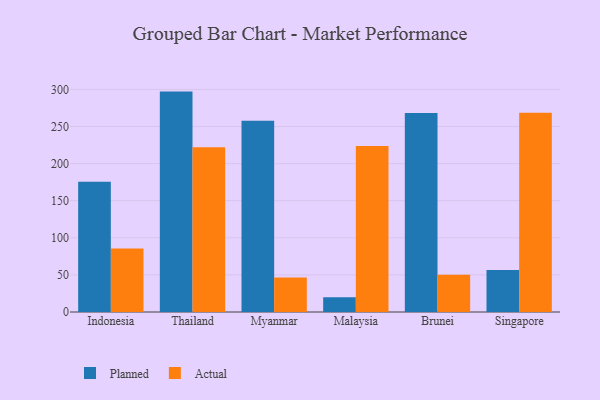
{"axis": {"x": "Country", "y": "Tickets Resolved"}, "legend": ["Actual", "Planned"], "data": [{"x": "Indonesia", "y": 175.6, "type": "Planned"}, {"x": "Indonesia", "y": 85.6, "type": "Actual"}, {"x": "Thailand", "y": 297.1, "type": "Planned"}, {"x": "Thailand", "y": 222.1, "type": "Actual"}, {"x": "Myanmar", "y": 257.9, "type": "Planned"}, {"x": "Myanmar", "y": 46.6, "type": "Actual"}, {"x": "Malaysia", "y": 19.9, "type": "Planned"}, {"x": "Malaysia", "y": 223.8, "type": "Actual"}, {"x": "Brunei", "y": 268.3, "type": "Planned"}, {"x": "Brunei", "y": 50.2, "type": "Actual"}, {"x": "Singapore", "y": 56.7, "type": "Planned"}, {"x": "Singapore", "y": 268.5, "type": "Actual"}]}